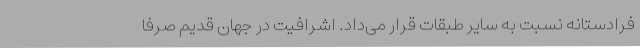
فرادستانه نسبت به سایر طبقات قرار می‌داد. اشرافیت در جهان قدیم صرفا